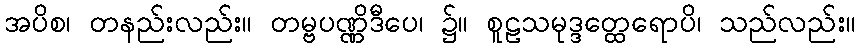
အပိစ၊ တနည်းလည်း။ တမ္ဗပဏ္ဏိဒီပေ၊ ၌။ စူဠသမုဒ္ဒတ္ထေရောပိ၊ သည်လည်း။